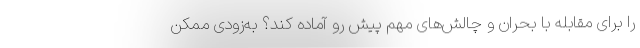
را برای مقابله با بحران و چالش‌های مهم پیش رو آماده کند؟ به‌زودی ممکن